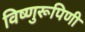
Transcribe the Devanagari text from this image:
विष्णुरूपिणी